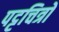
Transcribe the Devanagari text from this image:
पट्टचित्रों